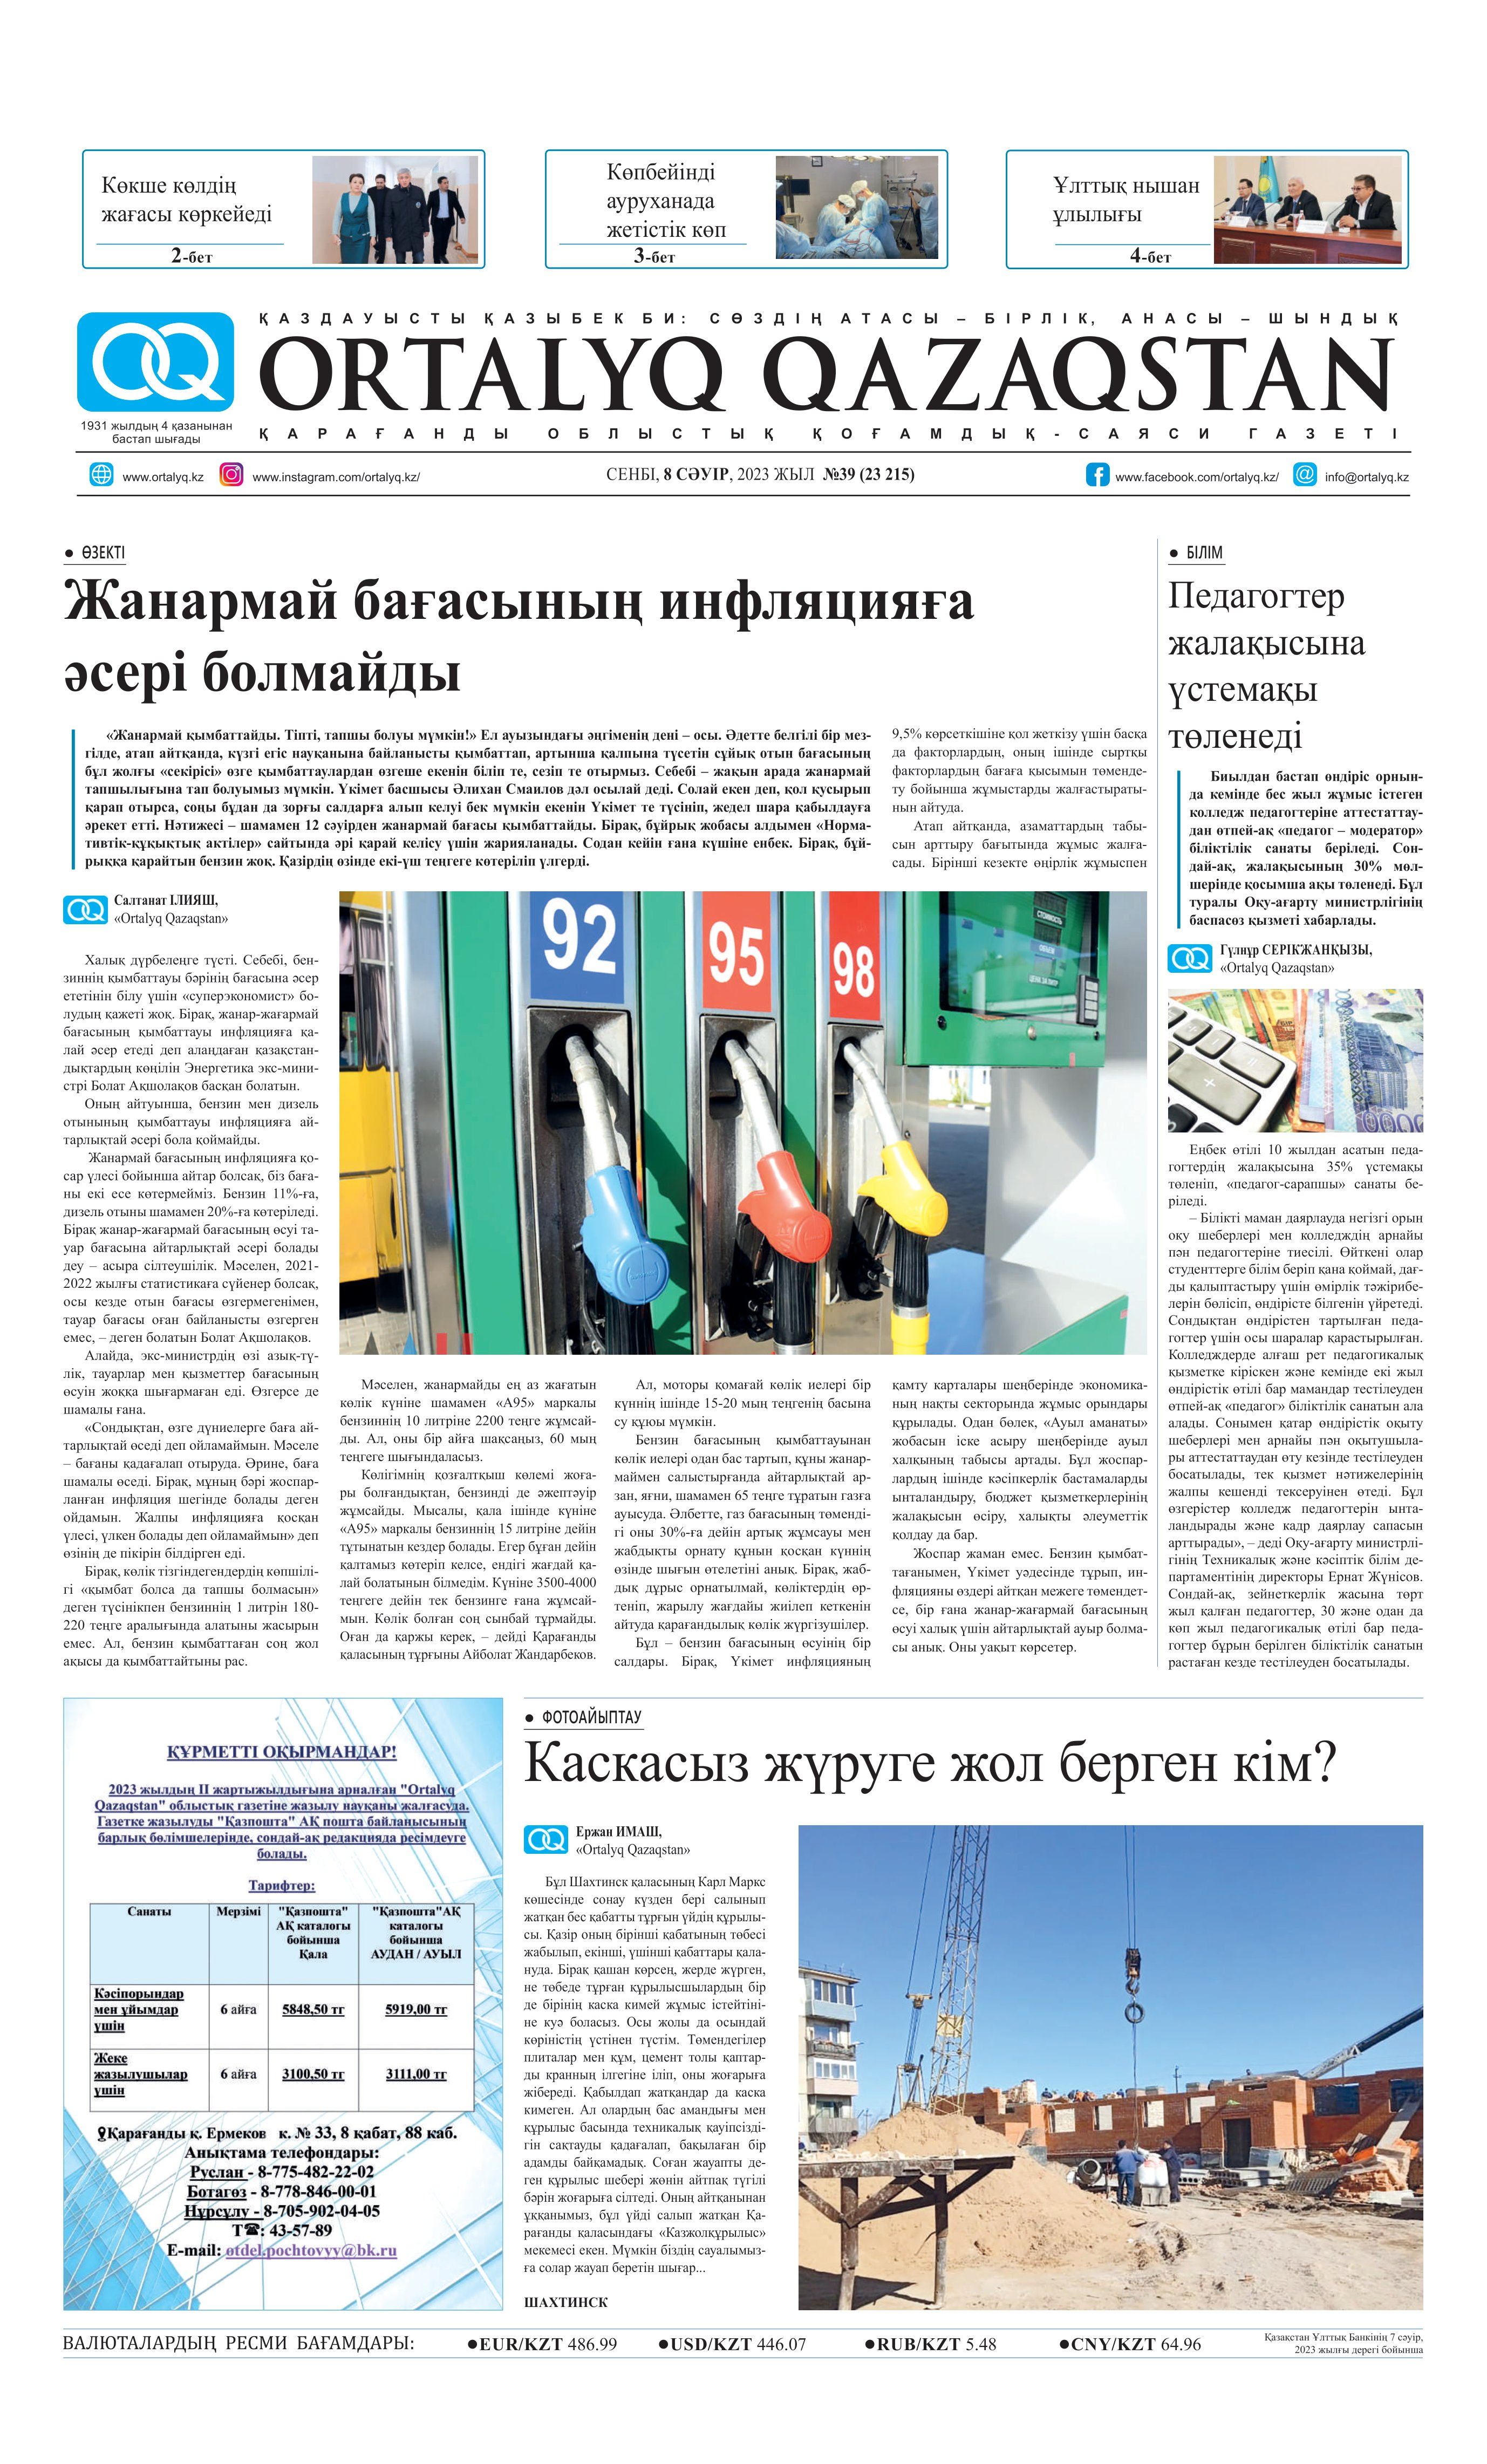
Language: kk